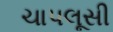
ચાપલૂસી